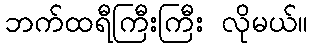
ဘက်ထရီကြီးကြီး လိုမယ်။